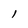
Character: 1